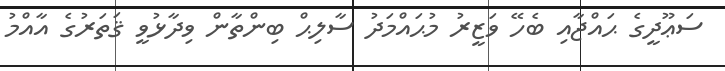
ސަޢޫދީގެ ޙައްޖާއި ބެހޭ ވަޒީރު މުޙައްމަދު ސާލިޙް ބިންތާން ވިދާޅުވީ ޤަތަރުގެ އާއްމު